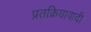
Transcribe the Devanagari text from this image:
प्रतक्रियावादी